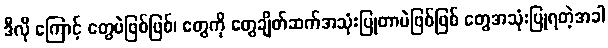
ဒီလို ကြောင့် တွေပဲဖြစ်ဖြစ်၊ တွေကို တွေချိတ်ဆက်အသုံးပြုတာပဲဖြစ်ဖြစ် တွေအသုံးပြုရတဲ့အခါ